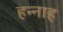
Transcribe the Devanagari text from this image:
हन्नाह